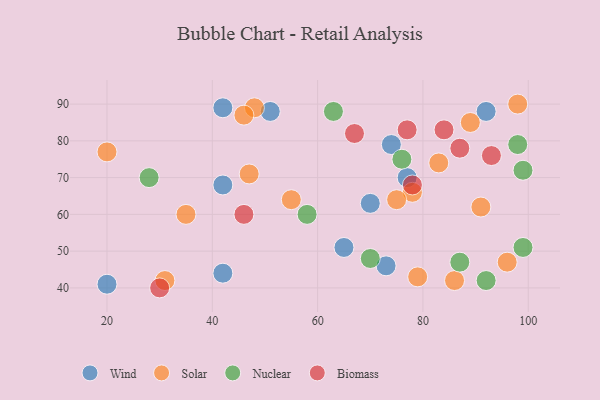
{"axis": {"x": "GDP", "y": "Life Expectancy"}, "legend": ["Biomass", "Nuclear", "Solar", "Wind"], "data": [{"x": "74", "y": 79, "type": "Wind"}, {"x": "42", "y": 89, "type": "Wind"}, {"x": "92", "y": 88, "type": "Wind"}, {"x": "65", "y": 51, "type": "Wind"}, {"x": "77", "y": 70, "type": "Wind"}, {"x": "73", "y": 46, "type": "Wind"}, {"x": "42", "y": 44, "type": "Wind"}, {"x": "20", "y": 41, "type": "Wind"}, {"x": "42", "y": 68, "type": "Wind"}, {"x": "70", "y": 63, "type": "Wind"}, {"x": "51", "y": 88, "type": "Wind"}, {"x": "78", "y": 66, "type": "Solar"}, {"x": "35", "y": 60, "type": "Solar"}, {"x": "83", "y": 74, "type": "Solar"}, {"x": "98", "y": 90, "type": "Solar"}, {"x": "48", "y": 89, "type": "Solar"}, {"x": "47", "y": 71, "type": "Solar"}, {"x": "79", "y": 43, "type": "Solar"}, {"x": "75", "y": 64, "type": "Solar"}, {"x": "55", "y": 64, "type": "Solar"}, {"x": "46", "y": 87, "type": "Solar"}, {"x": "89", "y": 85, "type": "Solar"}, {"x": "91", "y": 62, "type": "Solar"}, {"x": "31", "y": 42, "type": "Solar"}, {"x": "96", "y": 47, "type": "Solar"}, {"x": "86", "y": 42, "type": "Solar"}, {"x": "20", "y": 77, "type": "Solar"}, {"x": "99", "y": 72, "type": "Nuclear"}, {"x": "76", "y": 75, "type": "Nuclear"}, {"x": "70", "y": 48, "type": "Nuclear"}, {"x": "92", "y": 42, "type": "Nuclear"}, {"x": "98", "y": 79, "type": "Nuclear"}, {"x": "58", "y": 60, "type": "Nuclear"}, {"x": "63", "y": 88, "type": "Nuclear"}, {"x": "99", "y": 51, "type": "Nuclear"}, {"x": "28", "y": 70, "type": "Nuclear"}, {"x": "87", "y": 47, "type": "Nuclear"}, {"x": "93", "y": 76, "type": "Biomass"}, {"x": "46", "y": 60, "type": "Biomass"}, {"x": "78", "y": 68, "type": "Biomass"}, {"x": "30", "y": 40, "type": "Biomass"}, {"x": "87", "y": 78, "type": "Biomass"}, {"x": "77", "y": 83, "type": "Biomass"}, {"x": "84", "y": 83, "type": "Biomass"}, {"x": "67", "y": 82, "type": "Biomass"}]}